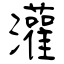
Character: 灌